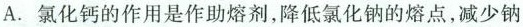
A.氯化钙的作用是作助熔剂，降低氯化钠的熔点，减少钠